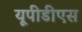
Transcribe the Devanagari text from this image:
यूपीडीएस